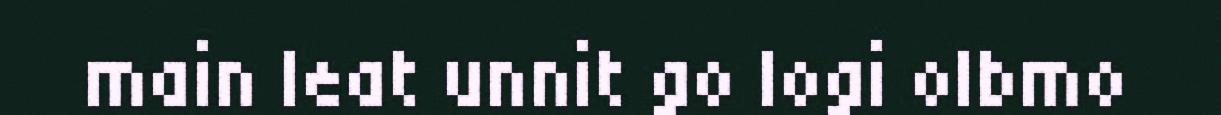
main leat unnit go logi olbmo